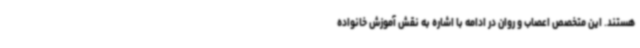
هستند. این متخصص اعصاب و روان در ادامه با اشاره به نقش آموزش خانواده